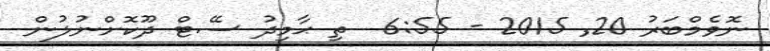
ނޮވެމްބަރު 20